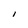
Character: I